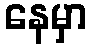
နေမှာ